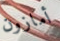
أمازون